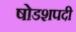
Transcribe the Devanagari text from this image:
षोडशपदी